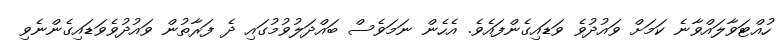
ހުއްޓަވާލައްވާނެ ކަމަށް ވައުދުވެ ވަޑައިގެންފައެވެ. އެހެން ނަމަވެސް ބައްދަލުވުމުގައި ދެ ފަރާތުން ވައުދުވެވަޑައިގެންނެވި